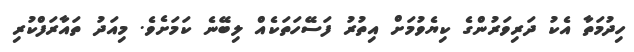
ހިދުމަތާ އެކު ދަރިވަރުންގެ ކިޔެވުމަށް އިތުރު ފަސޭހަތަކެއް ލިބޭނެ ކަމަށެވެ. މިއަދު ތައާރަފްކުރި